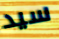
سيد